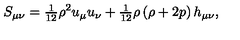
S _ { \mu \nu } = { \textstyle { \frac { 1 } { 1 2 } } } \rho ^ { 2 } u _ { \mu } u _ { \nu } + { \textstyle { \frac { 1 } { 1 2 } } } \rho \left( \rho + 2 p \right) h _ { \mu \nu } ,